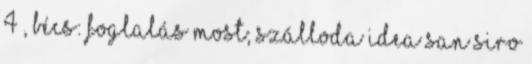
4 , Bécs: foglalás most; Szálloda Idea San Siro